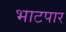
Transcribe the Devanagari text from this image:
भाटपार